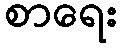
စာရေး